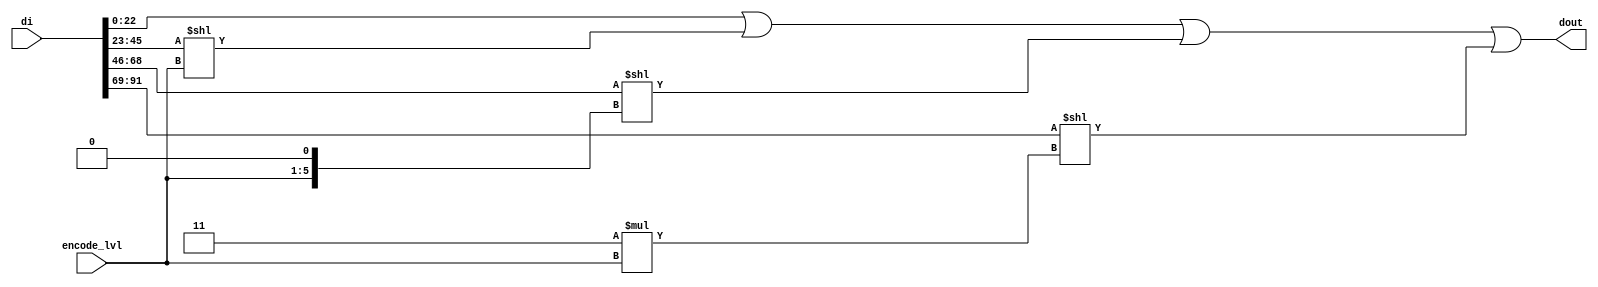
/*
 * From our research paper "High-Performance Hardware Implementation of CRYSTALS-Dilithium"
 * by Luke Beckwith, Duc Tri Nguyen, Kris Gaj
 * at George Mason University, USA
 * https://eprint.iacr.org/2021/1451.pdf
 * =============================================================================
 * Copyright (c) 2021 by Cryptographic Engineering Research Group (CERG)
 * ECE Department, George Mason University
 * Fairfax, VA, U.S.A.
 * Licensed under the Apache License, Version 2.0 (the "License");
 * you may not use this file except in compliance with the License.
 * You may obtain a copy of the License at
 *     http://www.apache.org/licenses/LICENSE-2.0
 * Unless required by applicable law or agreed to in writing, software
 * distributed under the License is distributed on an "AS IS" BASIS,
 * WITHOUT WARRANTIES OR CONDITIONS OF ANY KIND, either express or implied.
 * See the License for the specific language governing permissions and
 * limitations under the License.
 * =============================================================================
 * @author   Luke Beckwith <lbeckwit@gmu.edu>
 */


`timescale 1ns / 1ps

module zero_strip# (
    parameter OUTPUT_W    = 4,
    parameter COEFF_W     = 23,
    parameter MAX_LVL     = 20,
    parameter W           = 64
    ) (
    input [4:0] encode_lvl,
    input [OUTPUT_W*COEFF_W-1:0] di,
    output reg [MAX_LVL*OUTPUT_W-1:0] dout
    );
    
    
    always @(*) begin
        dout = di[22:0] | (di[45:23] << encode_lvl) | (di[68:46] << {encode_lvl,1'd0}) | (di[91:69] << 3*encode_lvl);
    end
endmodule